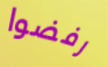
رفضوا